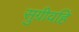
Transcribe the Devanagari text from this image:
सुग्रीवहिं